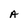
Character: A